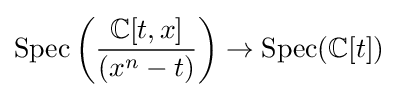
\operatorname {Spec} \left({\frac {\mathbb {C} [t,x]}{(x^{n}-t)}}\right)\to \operatorname {Spec} (\mathbb {C} [t])